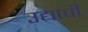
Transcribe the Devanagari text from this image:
उद्याची